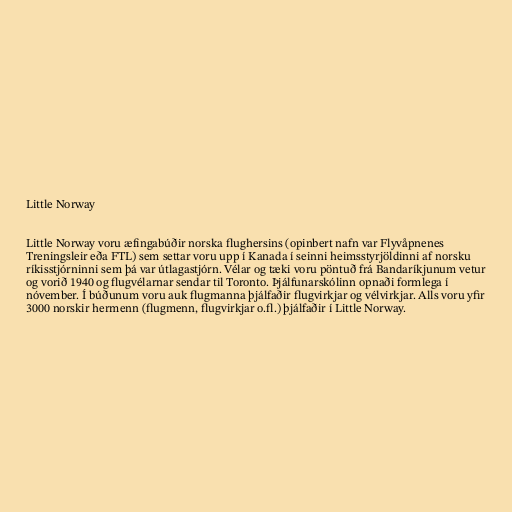
Little Norway

Little Norway voru æfingabúðir norska flughersins (opinbert nafn var Flyvåpnenes
Treningsleir eða FTL) sem settar voru upp í Kanada í seinni heimsstyrjöldinni af norsku
ríkisstjórninni sem þá var útlagastjórn. Vélar og tæki voru pöntuð frá Bandaríkjunum vetur
og vorið 1940 og flugvélarnar sendar til Toronto. Þjálfunarskólinn opnaði formlega í
nóvember. Í búðunum voru auk flugmanna þjálfaðir flugvirkjar og vélvirkjar. Alls voru yfir
3000 norskir hermenn (flugmenn, flugvirkjar o.fl.) þjálfaðir í Little Norway.